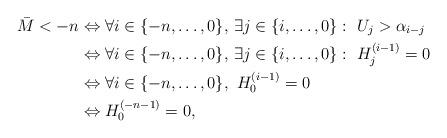
LaTeX: \begin{align*}\bar{M}<-n&\Leftrightarrow \forall i\in\{-n,\ldots,0\},\,\exists j\in\{i,\ldots,0\}:\,\,U_{j}> \alpha_{i-j}\\&\Leftrightarrow \forall i\in\{-n,\ldots,0\},\,\exists j\in\{i,\ldots,0\}:\,\,H^{(i-1)}_{j}=0\\&\Leftrightarrow \forall i\in\{-n,\ldots,0\},\,\,H^{(i-1)}_{0}=0\\&\Leftrightarrow H^{(-n-1)}_{0}=0,\end{align*}